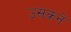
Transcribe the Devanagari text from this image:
उसकने